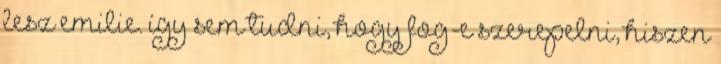
lesz emilie. így sem tudni, hogy fog-e szerepelni, hiszen